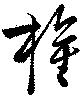
権